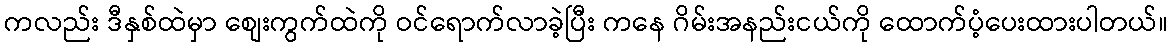
ကလည်း ဒီနှစ်ထဲမှာ စျေးကွက်ထဲကို ဝင်ရောက်လာခဲ့ပြီး ကနေ ဂိမ်းအနည်းငယ်ကို ထောက်ပံ့ပေးထားပါတယ်။